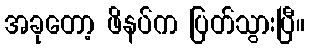
အခုတော့ ဖိနပ်က ပြတ်သွားပြီ။